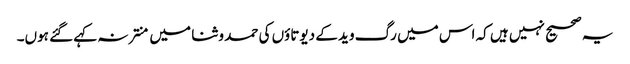
یہ صحیح نہیں ہیں کہ اس میں رگ وید کے دیوتاؤں کی حمد و ثنا میں منتر نہ کہے گئے ہوں۔